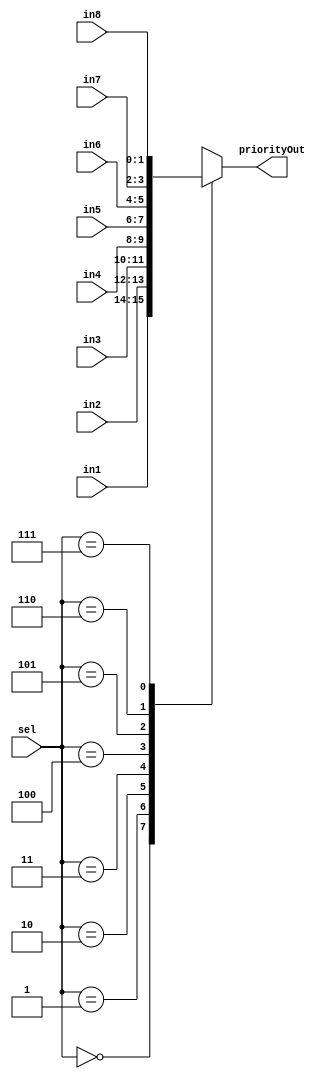
module mux8to1_2b(input [1:0]in1, input [1:0]in2, input [1:0]in3, input [1:0]in4, input [1:0]in5, input [1:0]in6, input [1:0]in7, input [1:0]in8,input[2:0] sel,output reg [1:0]priorityOut);
  always@(in1,in2,in3,in4,in5,in6,in7,in8,sel)
  case(sel)
    3'b000: priorityOut=in1;
    3'b001: priorityOut=in2;
    3'b010: priorityOut=in3;
    3'b011: priorityOut=in4;
    3'b100: priorityOut=in5;
    3'b101: priorityOut=in6;
    3'b110: priorityOut=in7;
    3'b111: priorityOut=in8;
  endcase
endmodule